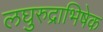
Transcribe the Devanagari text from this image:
लघुरुद्राभिषेक